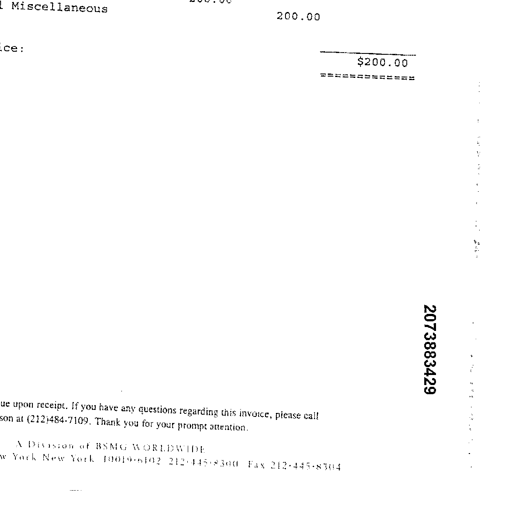
Miscellaneous
200.00
$200.00
==========
2073883429
ue upon receipt. If you have any questions regarding this invoice, please call
son at (212) 484-7109. Thank you for your prompt attention.
A Division of BSMG WORLDWIDE
York New York 10019-6102 212-445-8300 Fax 212-445-8304